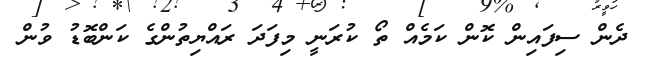
ދެން ސިފައިން ކޮން ކަމެއް ތޯ ކުރަނީ މިފަދަ ރައްޔިތުންގެ ކަންބޮޑު ވުން